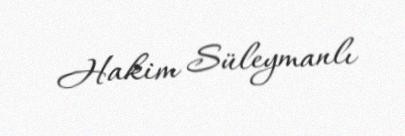
Hakim Süleymanlı